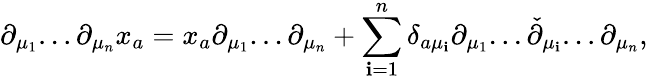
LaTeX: \partial_{\mu_{1}}...\partial_{\mu_{n}}x_{a}=x_{a}\partial_{\mu_{1}}...\partial_{\mu_{n}}+\sum_{\mathbf{i}=1}^{n}\delta_{a\mu_{\mathbf{i}}}\partial_{\mu_{1}}...\check{{\partial}}_{\mu_{\mathbf{i}}}...\partial_{\mu_{n}},